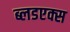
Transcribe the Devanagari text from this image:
ब्लडएक्स